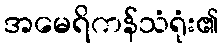
အမေရိကန်သံရုံး၏